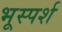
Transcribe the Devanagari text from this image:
भूस्पर्श